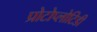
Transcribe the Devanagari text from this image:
प्रोटोप्लोटिडी